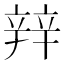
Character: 辡